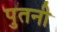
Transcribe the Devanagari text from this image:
पुतनी